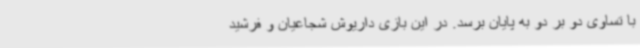
با تساوی دو بر دو به پایان برسد. در این بازی داریوش شجاعیان و فرشید